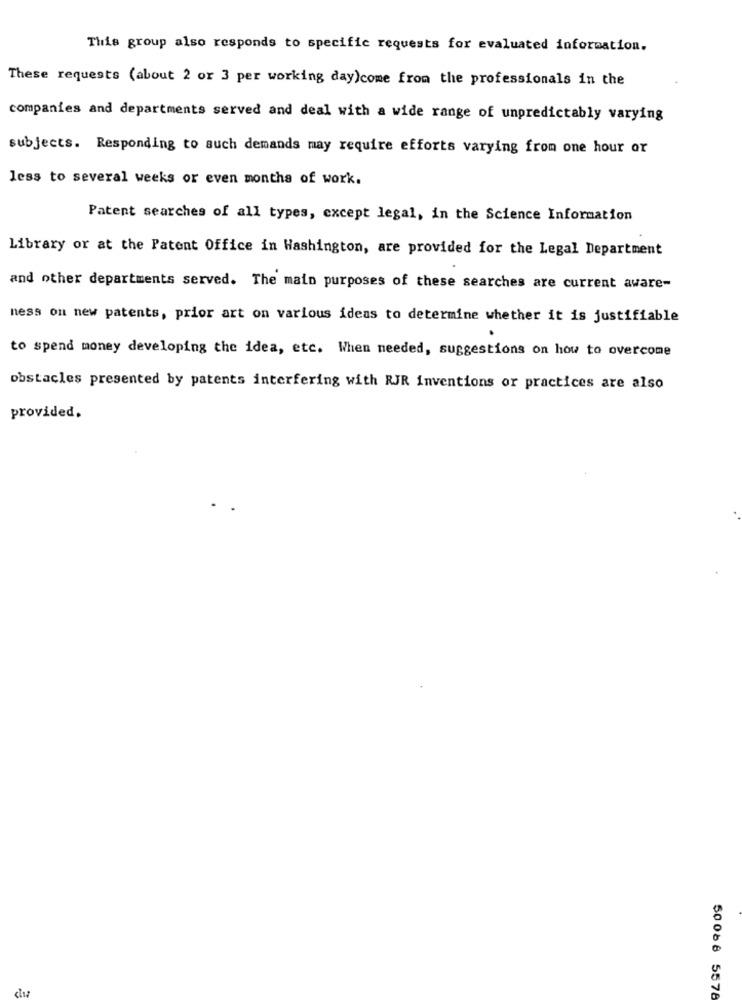
This group also responds to specific requests for evaluated information.
These requests (about 2 or 3 per working day)come from the professionals in the
companies and departments served and deal with a wide range of unpredictably varying
subjects. Responding to such demands may require efforts varying from one hour or
less to several weeks or even months of work.
Patent searches of all types, except legal, in the Science Information
Library or at the Patent Office in Washington, are provided for the Legal Department
and other departments served. The main purposes of these searches are current aware-
ness on new patents, prior art on various ideas to determine whether it is justifiable
to spend money developing the idea, etc. When needed, suggestions on how to overcome
obstacles presented by patents interfering with RJR inventions or practices are also
provided.
50 088 5578